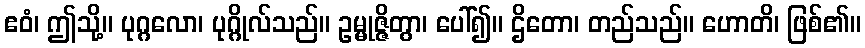
ဧဝံ၊ ဤသို့။ ပုဂ္ဂလော၊ ပုဂ္ဂိုလ်သည်။ ဥမ္မုဇ္ဇိတွာ၊ ပေါ်၍။ ဌိတော၊ တည်သည်။ ဟောတိ၊ ဖြစ်၏။